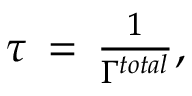
\begin{array} { r } { { } \tau \, = \, \frac { 1 } { \Gamma ^ { t o t a l } } , } \end{array}